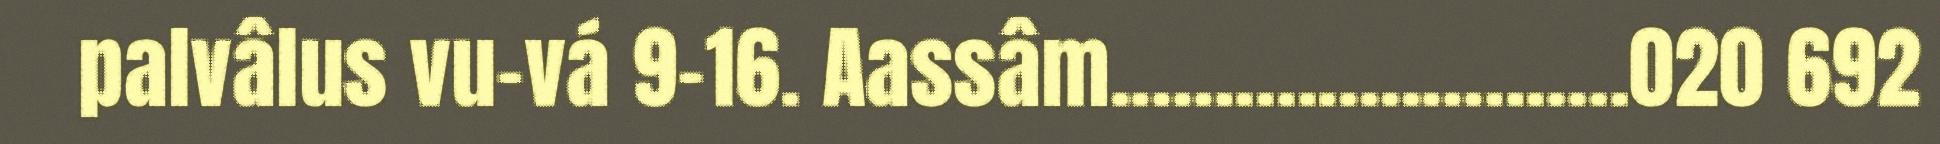
palvâlus vu-vá 9–16. Aassâm.........................020 692